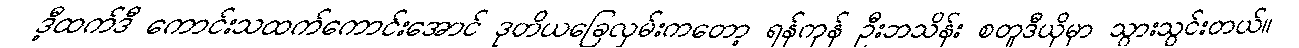
ဒီ့ထက်ဒီ ကောင်းသထက်ကောင်းအောင် ဒုတိယခြေလှမ်းကတော့ ရန်ကုန် ဦးဘသိန်း စတူဒီယိုမှာ သွားသွင်းတယ်။